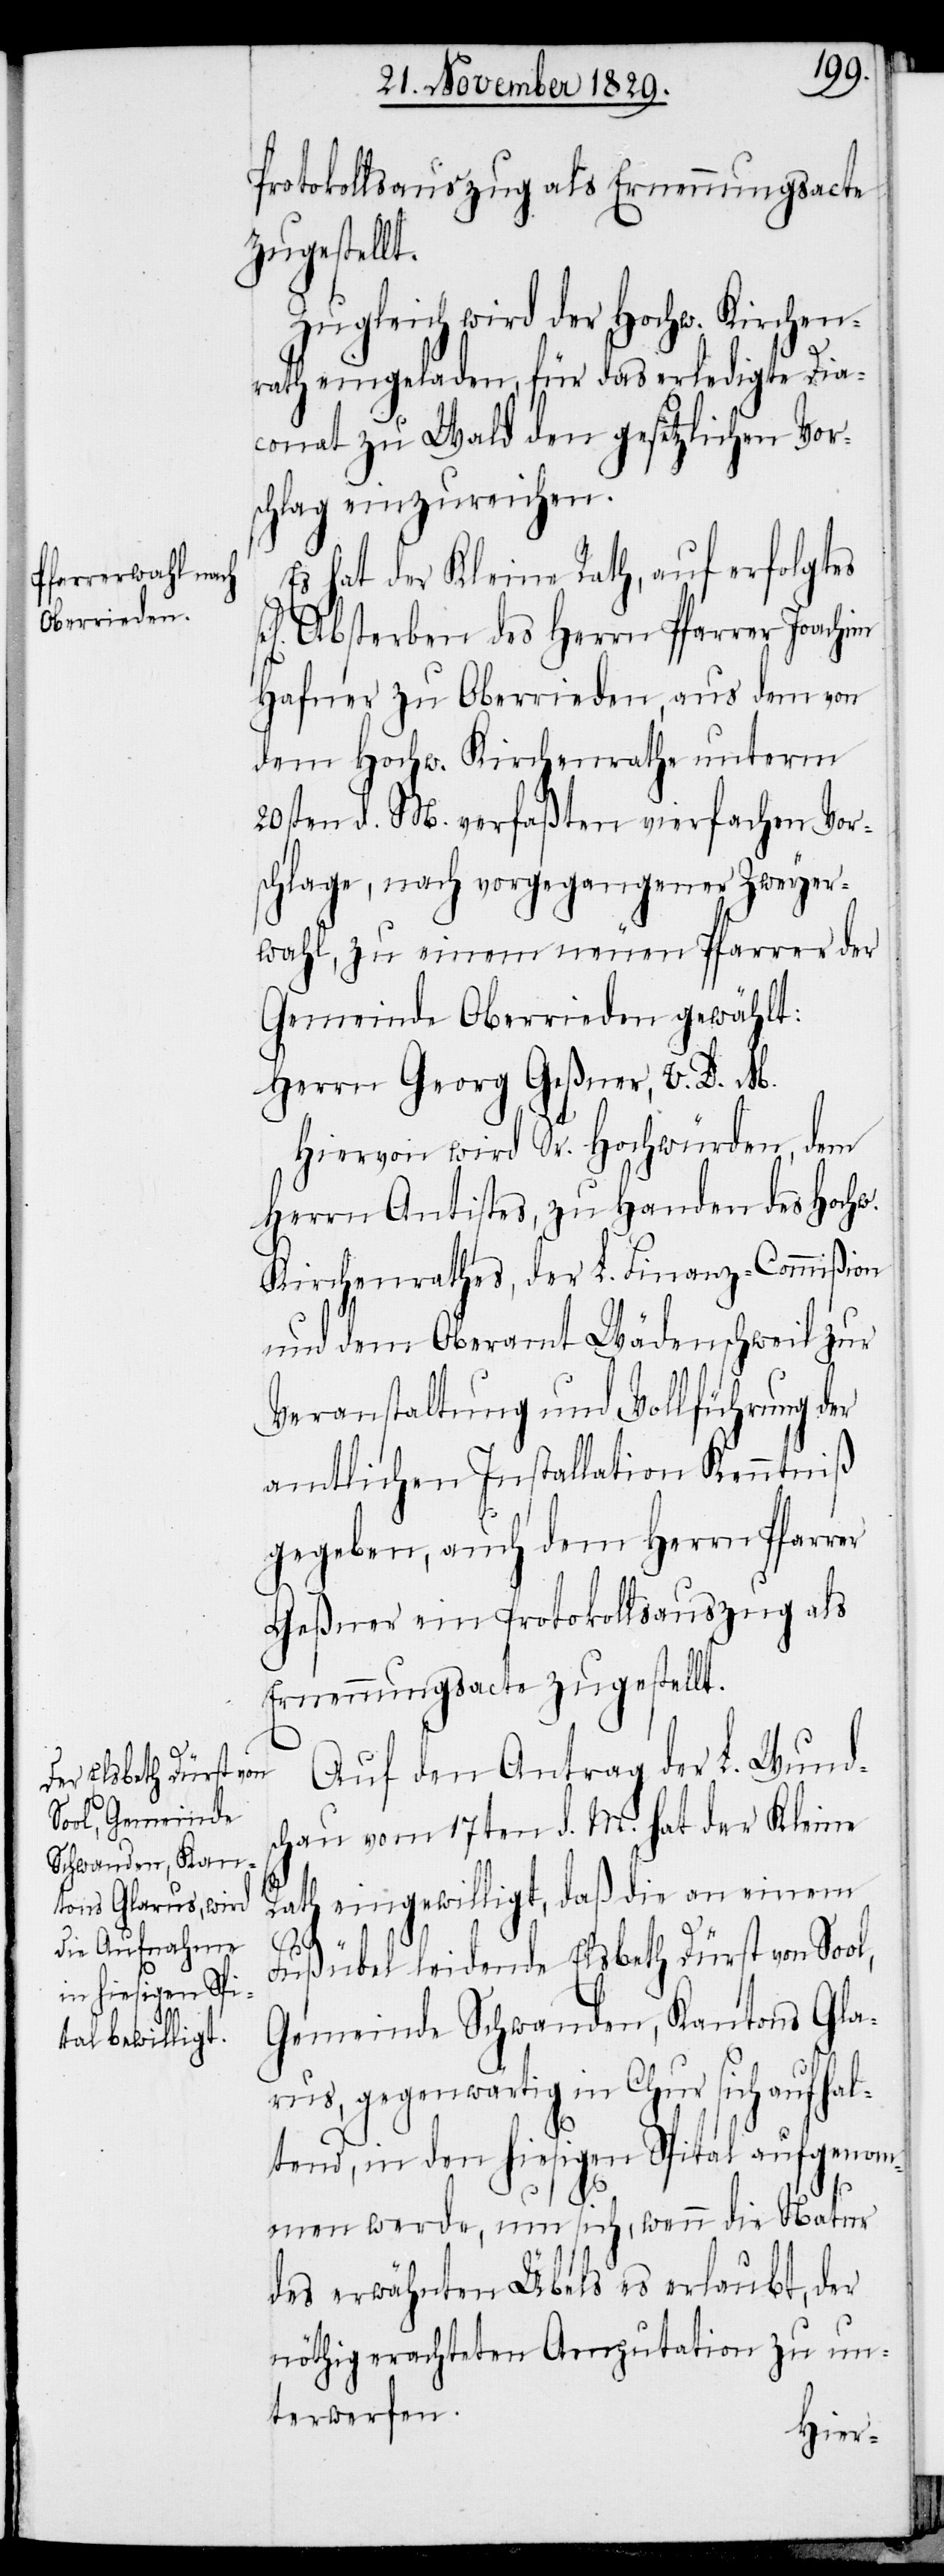
Protokollsauszug als Ernennungsacte
zugestellt.
Es hat der Kleine Rath, auf erfolgtes
Absterben des Herrn Pfarrer Joachim
Hafner zu Oberrieden, aus dem von
dem Hochw. Kirchenrathe unterm
20sten d. M. verfaßten vierfachen Vor¬
schlage, nach vorgegangener Zweyer¬
wahl, zu einem neuen Pfarrer der
Gemeinde Oberrieden gewählt:
Herrn Georg Geßner, V. D. M.
Hiervon wird Sr. Hochwürden, dem
Herrn Antistes, zu Handen des Hochw.
Kirchenrathes, der L. Finanz-Commißion
und dem Oberamt Wädenschweil zur
Veranstaltung und Vollführung der
amtlichen Installation Kenntniß
gegeben, auch dem Herrn Pfarrer
Geßner ein Protokollsauszug als
Ernennungsacte zugestellt.
Auf den Antrag der L. Wunds¬
chau vom 17ten d. M. hat der Kleine
Rath eingewilligt, daß die an einem
Fußübel leidende Elsbeth Dürst von Sool,
Gemeinde Schwanden, Kantons Gla¬
rus, gegenwärtig in Chur sich aufhal¬
tend, in den hiesigen Spital aufgenom¬
men werde, um sich, wenn die Natur
der erwähnten Übels es erlaubt, der
nöthig erachtenden Amputation zu un¬
terwerfen.